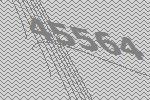
45564